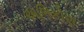
અભિકોણ